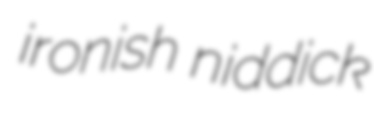
ironish niddick